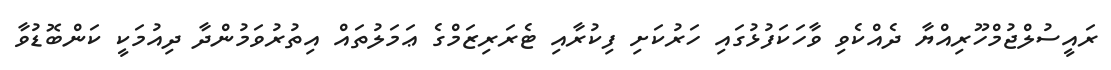
ރައީސުލްޖުމްހޫރިއްޔާ ދެއްކެވި ވާހަކަފުޅުގައި ހަރުކަށި ފިކުރާއި ޓެރަރިޒަމްގެ ޢަމަލުތައް އިތުރުވަމުންދާ ދިއުމަކީ ކަންބޮޑުވާ